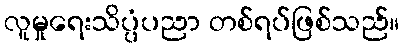
လူမှုရေးသိပ္ပံပညာ တစ်ရပ်ဖြစ်သည်။